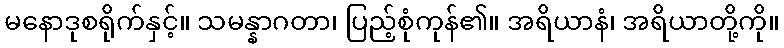
မနောဒုစရိုက်နှင့်။ သမန္နာဂတာ၊ ပြည့်စုံကုန်၏။ အရိယာနံ၊ အရိယာတို့ကို။